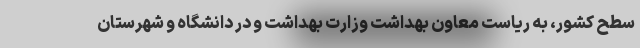
سطح کشور، به ریاست معاون بهداشت وزارت بهداشت و در دانشگاه و شهرستان